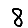
Digit: 8